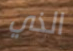
الذي